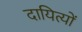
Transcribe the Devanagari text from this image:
दायित्यों